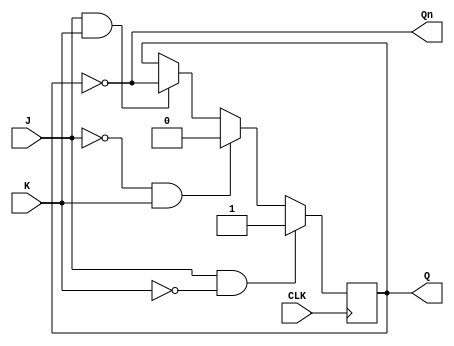
module jk_flip_flop (
    input wire J, // Input J
    input wire K, // Input K
    input wire CLK, // Clock input
    output reg Q, // Output Q
    output reg Qn // Output Q' 
);

// State variable
reg Q_next;

always @(posedge CLK) begin
    if (J & ~K) begin
		Q_next <= 1'b1; // Toggle Q
	end else if (~J & K) begin
		Q_next <= 1'b0; // Toggle Q
	end else if (J & K) begin
		Q_next <= ~Q; // Preserve state
	end else begin
		Q_next <= Q; // No change
	end
end

// Output assignment
always @* begin
	Q = Q_next;
    Qn = ~Q_next;
end

endmodule